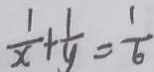
\frac { 1 } { x } + \frac { 1 } { y } = \frac { 1 } { 6 }